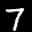
Label: 7